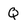
Character: Q